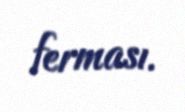
ferması.